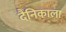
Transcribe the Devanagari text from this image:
दैनिकाला